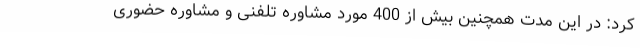
کرد: در این مدت همچنین بیش از 400 مورد مشاوره تلفنی و مشاوره حضوری